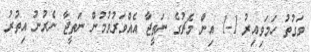
ވަގުތު ހަމަވިއިރު 1-1 އިން މެޗުގެ ނަތީޖާ އެއްވަރުވުމުން ނަތީޖާ ނެރުނު އިތުރު